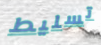
تسليط